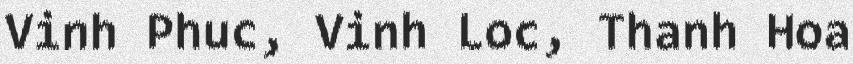
Vinh Phuc, Vinh Loc, Thanh Hoa